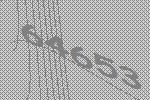
64653